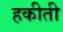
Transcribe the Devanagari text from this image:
हकीती